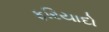
ફરિયાદો